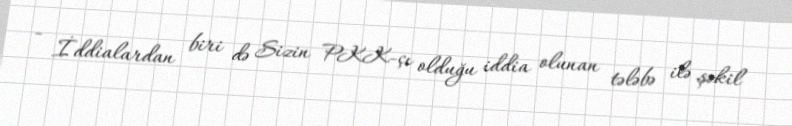
- İddialardan biri də Sizin PKK-çı olduğu iddia olunan tələbə ilə şəkil